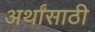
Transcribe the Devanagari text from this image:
अर्थांसाठी